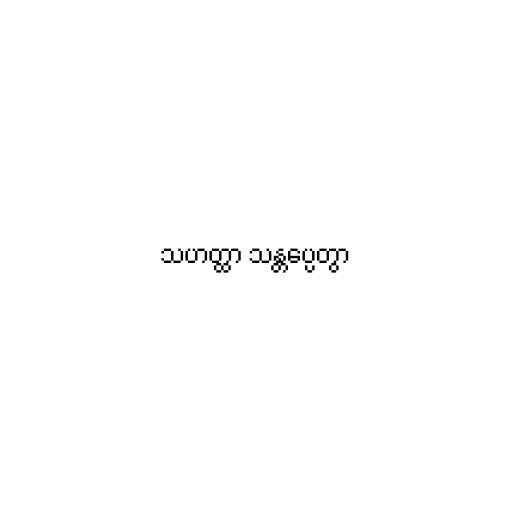
သဟတ္ထာ သန္တပ္ပေတွာ